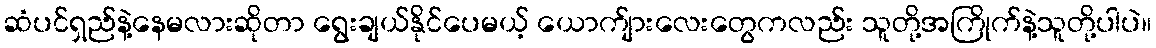
ဆံပင်ရှည်နဲ့နေမလားဆိုတာ ရွေးချယ်နိုင်ပေမယ့် ယောက်ျားလေးတွေကလည်း သူတို့အကြိုက်နဲ့သူတို့ပါပဲ။